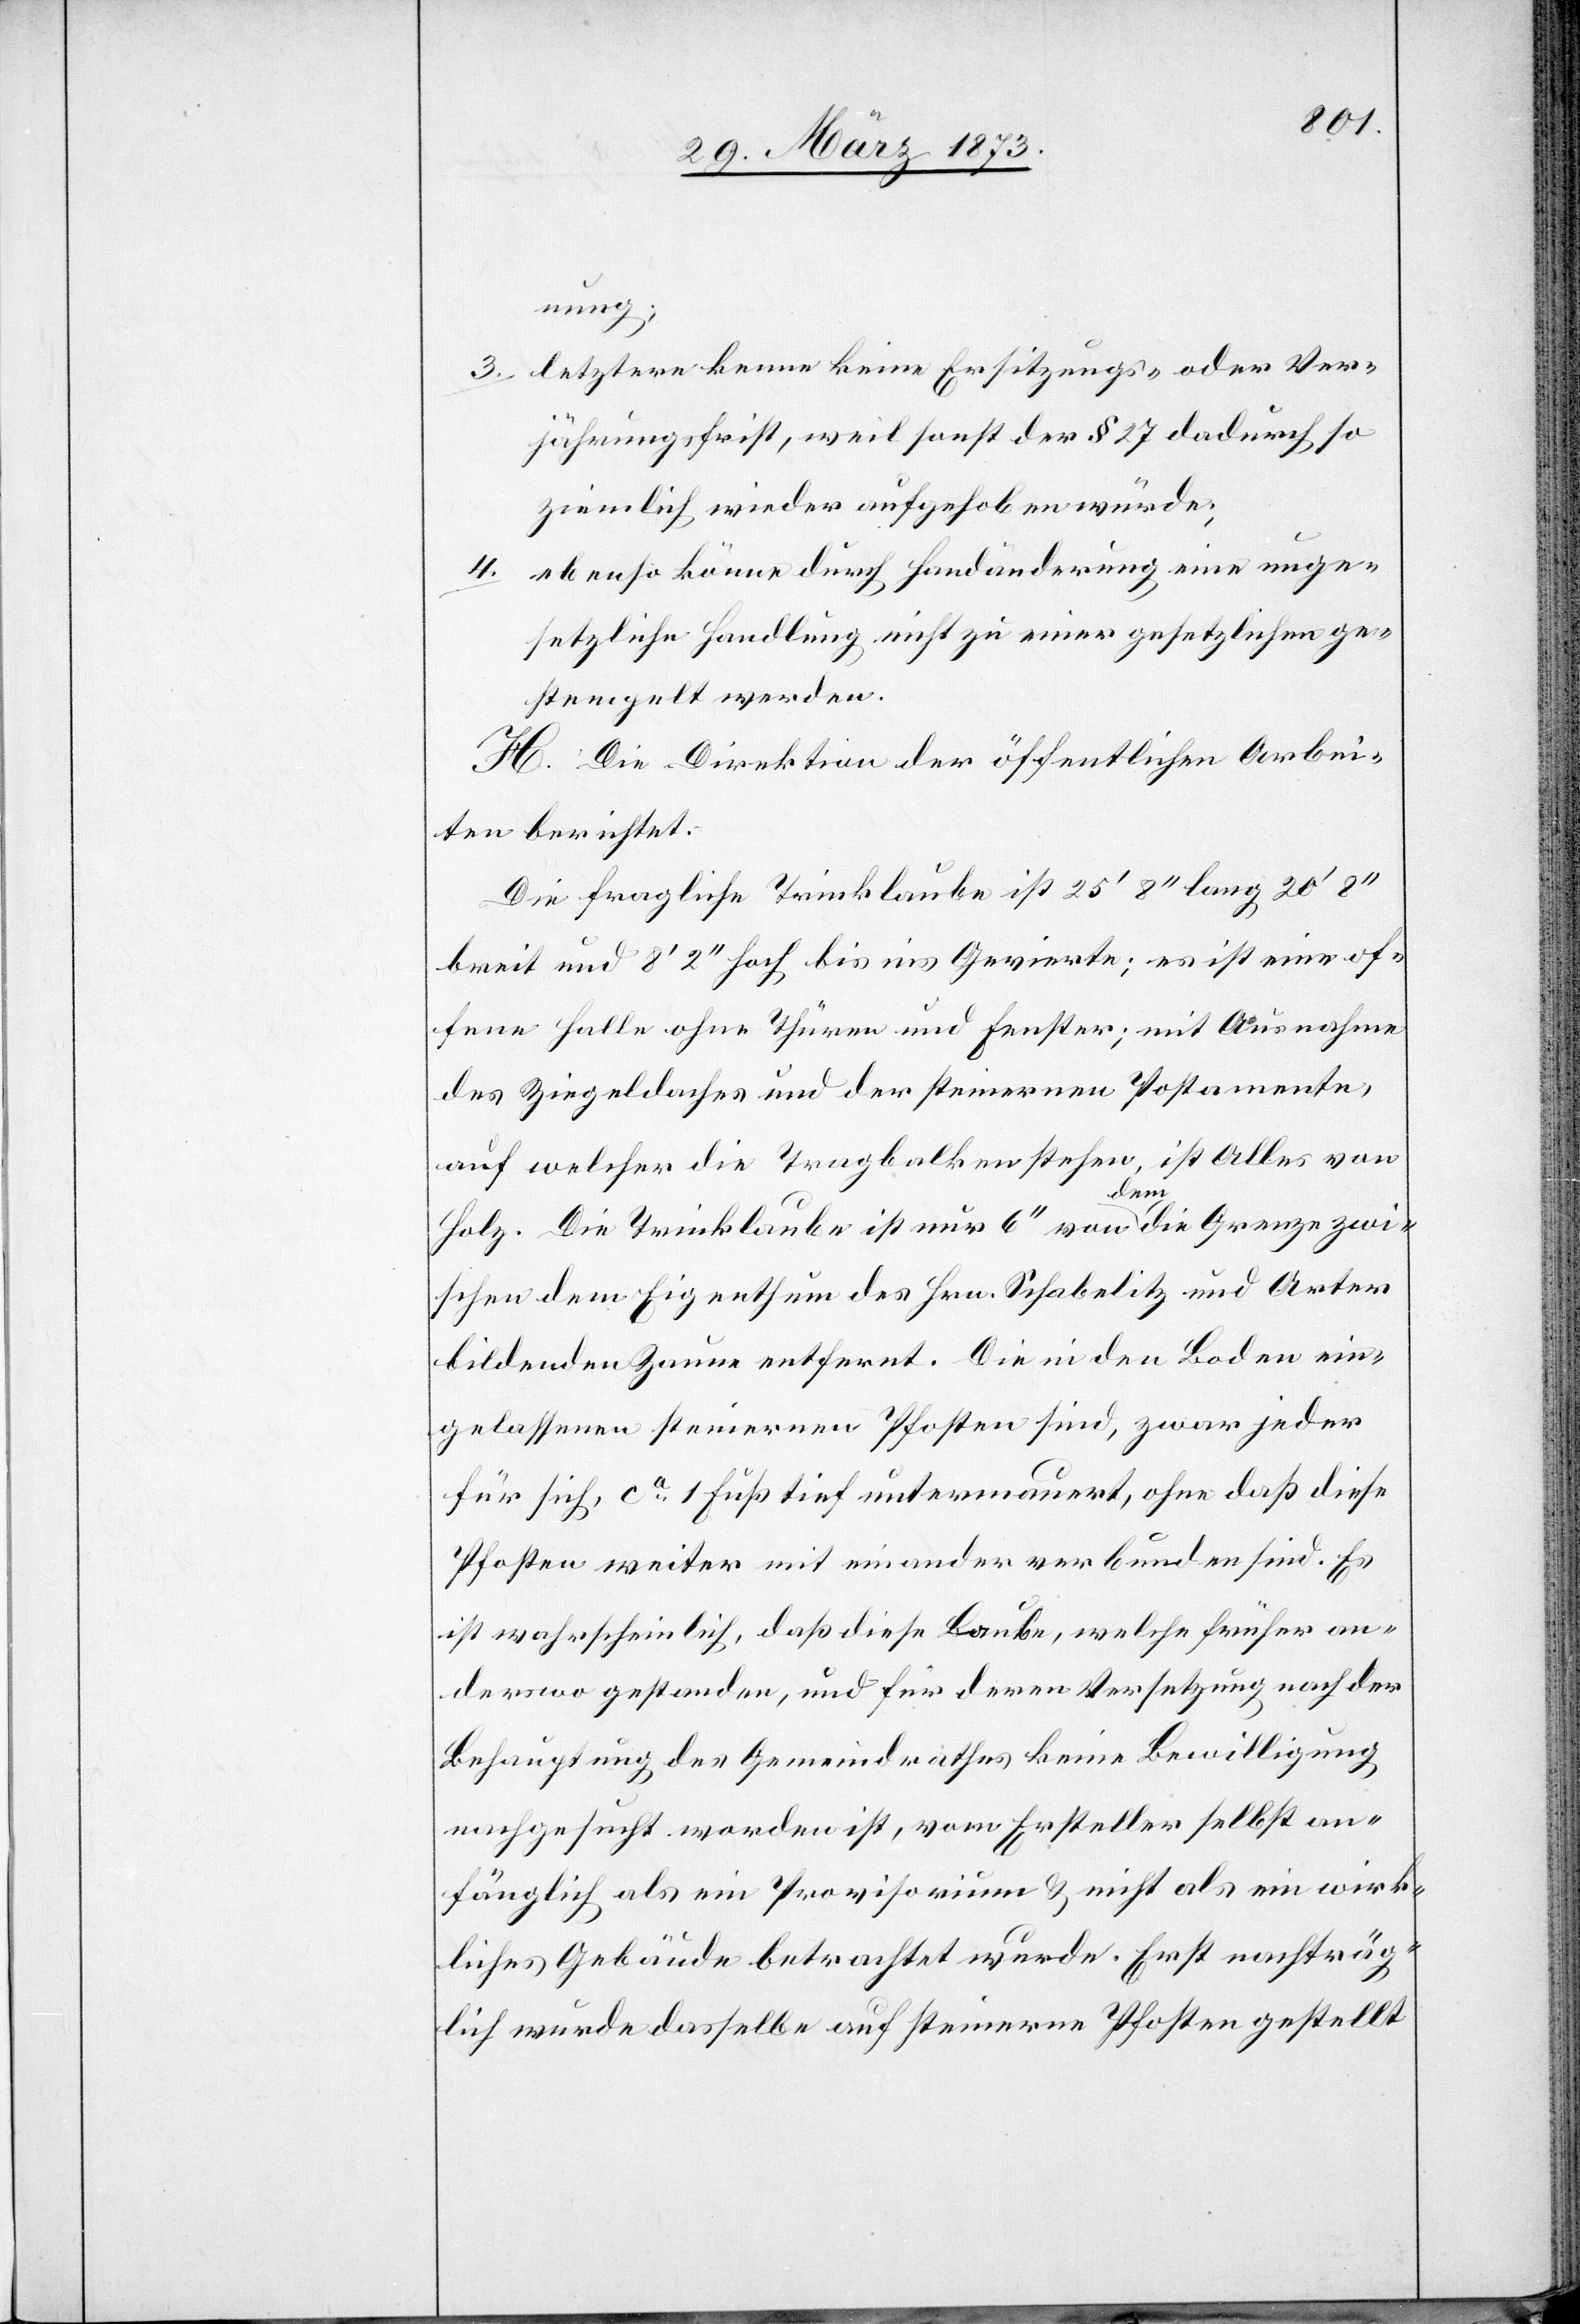
nung;
3. letztere kenne keine Ersitzungs- oder Ver¬
jährungsfrist, weil sonst der § 27 dadurch so
ziemlich wieder aufgehoben würde;
ebenso könne durch Handänderung eine unge¬
4.
setzliche Handlung nicht zu einer gesetzlichen ge¬
stempelt werden.
H. Die Direktion der öffentlichen Arbei¬
ten berichtet:
Die fragliche Trinklaube ist 25’ 8’’ lang 20’ 8’’
breit und 8’ 2’’ hoch bis ins Gevierte; es ist eine of¬
fene Halle ohne Thüren und Fenster; mit Ausnahme
des Ziegeldaches und der steinernen Postamente,
auf welcher die Tragbalken stehen, ist Alles von
Holz. Die Trinklaube ist nur 6’’ von dem die Grenze zwi¬
schen dem Eigenthum des Hrn. Schabelitz und Arter
bildenden Zaune entfernt. Die in den Boden ein¬
gelassenen steinernen Pfosten sind, zwar jeder
für sich, ca 1 Fuß tief untermauert, ohne daß diese
Pfosten weiter mit einander verbunden sind. Es
ist wahrscheinlich, daß diese Laube, welche früher an¬
derswo gestanden, und für deren Versetzung nach der
Behauptung des Gemeindrathes keine Bewilligung
nachgesucht worden ist, vom Ersteller selbst an¬
fänglich als ein Provisorium u. nicht als ein wirk¬
liches Gebäude betrachtet wurde. Erst nachträg¬
lich wurde dasselbe auf steinerne Pfosten gestellt